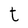
Character: t